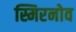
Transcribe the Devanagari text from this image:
स्मिरनोव